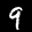
Label: 9